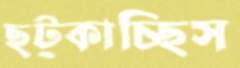
ছট্‌কাচ্ছিস